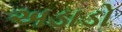
અડાડો